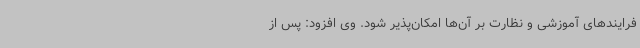
فرایندهای آموزشی و نظارت بر آن‌ها امکان‌پذیر شود. وی افزود: پس از